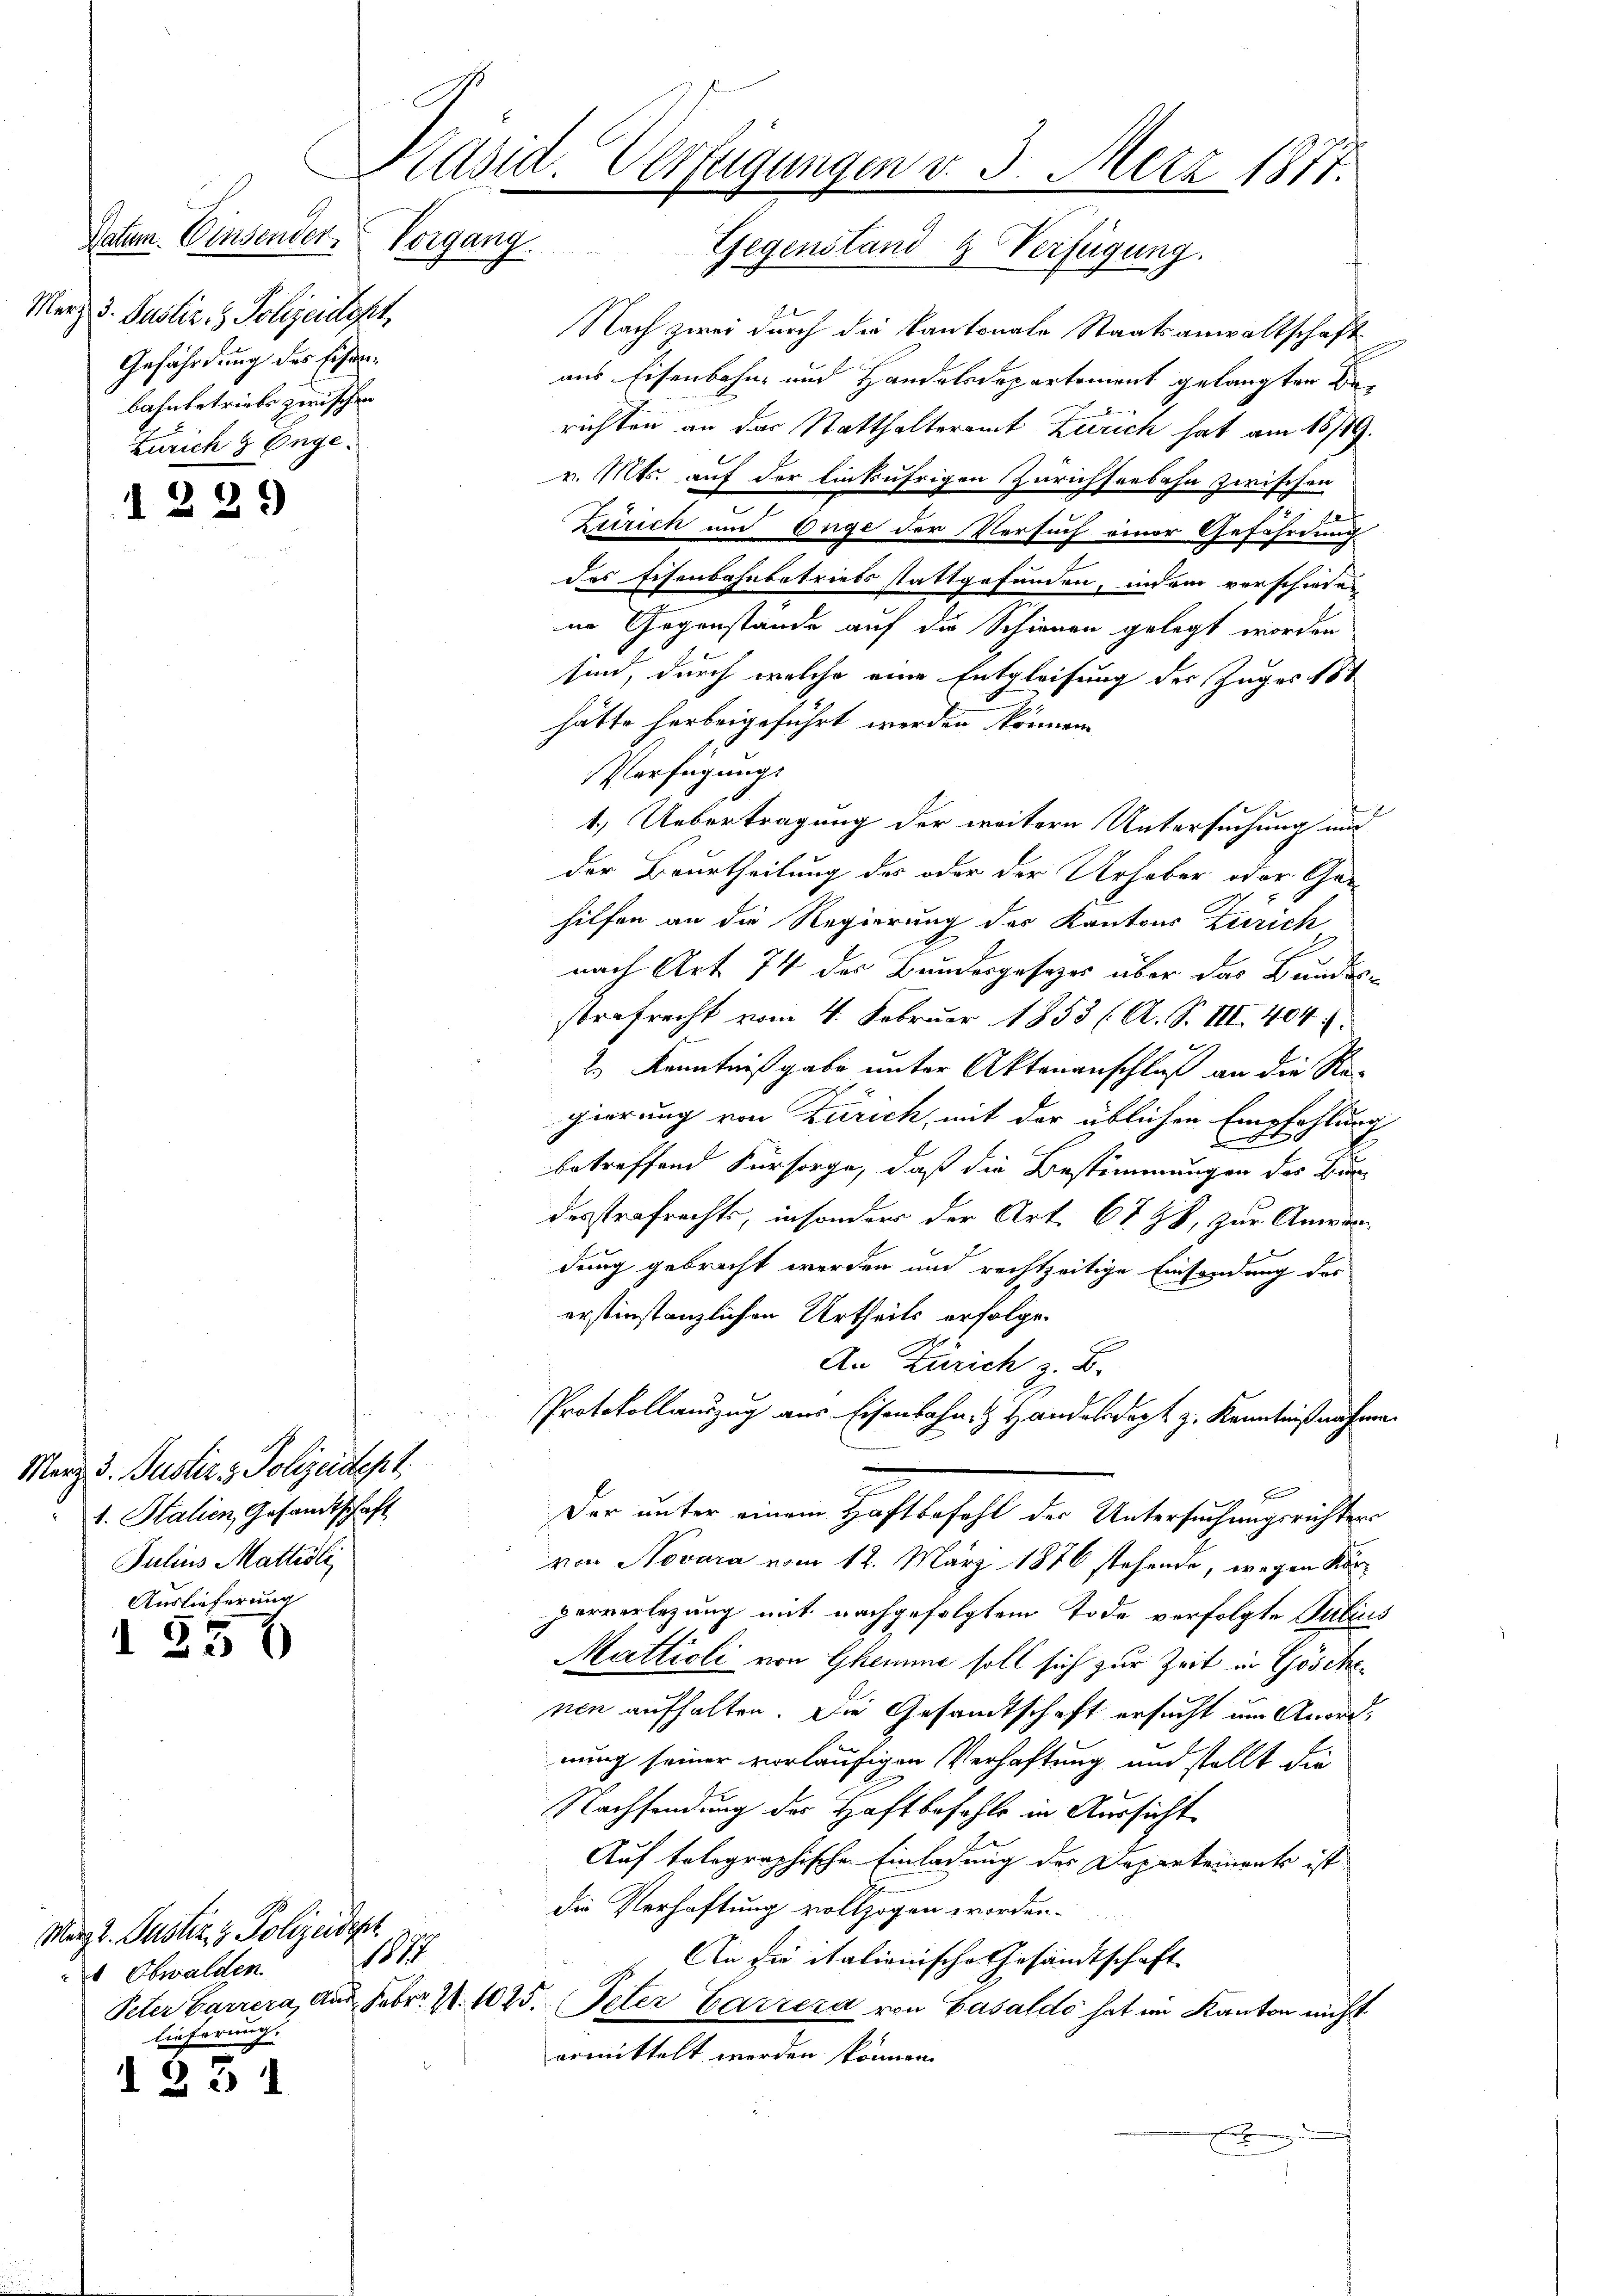
Patum. Einsender Vorgang.
Merz d. Justiz- & Polizeidigt,
Gefährdung des Eisenbahnbetriebs zwischen
Zürich & Enge.

1229

März d. Justiz & Polizeidert.
t. Stalien, Gesandtschaft
Julius Mattidli
Auslieferung

556

d 231

März l. Justiz & Polizeidigt
1
 Obwalden
lieferung.

Nach zwei durch die Kantonale Staatsanwaltschaft
aus Eisenbahn- und Handelsdepartement gelangten
richten an das Statthalteramt Zürich hat am 18/19.
v. Mts. auf der linkufrigen Zürichseebahn zwischen
h
Zürich und Enge der Versuch einer Gefährdung
das Eisenbahnbetriebs stattgefunden, indem verschieden
nn Gegenstände auf die Schienen gelegt worden
sind, durch welche eine Entgleisung des Zuger 184
hätte herbeigeführt werden können.
Verfügungs
1.) Uebertragung der weitere Untersuchung mit
der Beurtheilung des oder der Urhaber oder Gehilfen an die Regierung des Kantons Zürich
nach Art 74 des Bundesgesezes über das Bundesstrafrecht vom 4. Februar 1853 (A. S. III. 404.
2.) Kenntniß gabe unter Aktenanschluß an die Regierung von Zürich, mit der üblichen Empfehlung
x
betreffend Fürsorge, daß die Bestimmungen des Bundesstrafrechts, in sonders der Art. 6788, zur Anwärdung gebracht werden und rechtzeitige Einsendung des
erstinstanzlichen Urtheils erfolge.
An Zürich z. B.
PProtokollauszug aus Eisenbahn. Handelsdogt z. Kenntnißnahme.
Der unter einem Haftbefehl der Untersuchungsrichter
von Novara vom 12. März 1876 stehende, wegen Körperverlegung mit nachgefolgtem Tode verfolgte Julius
Mattioli von Ghemme soll sich zur Zeit in Göschenen aufhalten. Die Gesandtschaft ersucht um Anordnung seiner vorläufigen Verhaftung und stellt die
Nachsendung der Haftbefohle in Aussicht
Auf tolographischen Einladung des Departeinert ist
die Verhaftung vollzogen worden.
An die italionische Gesandtschaft
Peter Carrera, aus. Febr. 1. 1075. Peter Carrera von Gasaldo hat im Kanton nicht
ormittelt werden können.
E

Präsid. Verfügungen d. 3. Merz 1817.
Gegenstand & Verfügung.